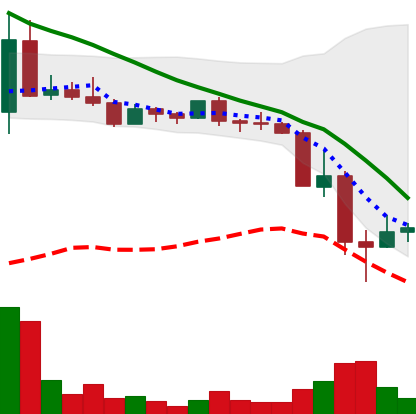
Ticker: DOGE-USD
Chart end date: 2022-05-14
Forward return: -3.422%
Label: down_3_5